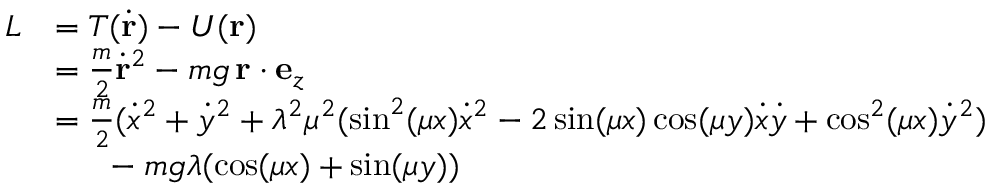
\begin{array} { r l } { L } & { = T ( \dot { \mathbf { r } } ) - U ( \mathbf r ) } \\ & { = \frac m 2 \dot { \mathbf { r } } ^ { 2 } - m g \, \mathbf r \cdot \mathbf e _ { z } } \\ & { = \frac m 2 ( \dot { x } ^ { 2 } + \dot { y } ^ { 2 } + \lambda ^ { 2 } \mu ^ { 2 } ( \sin ^ { 2 } ( \mu x ) \dot { x } ^ { 2 } - 2 \sin ( \mu x ) \cos ( \mu y ) \dot { x } \dot { y } + \cos ^ { 2 } ( \mu x ) \dot { y } ^ { 2 } ) } \\ & { \phantom { = = } - m g \lambda ( \cos ( \mu x ) + \sin ( \mu y ) ) } \end{array}